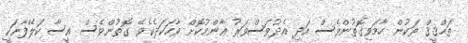
ތަޙްޤީޤް ތަކުން ހާމަވިގޮތުންވެސް އަދި އެދުވަސްވަރު ޢާންމުކޮށް ވާހަކަދެކެވޭ ގޮތުންވެސް ޢީސާ ކަލޭފާނަކީ